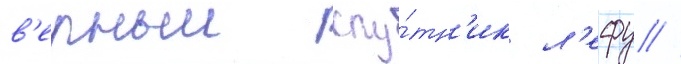
в'ерныи спу́тн'ик л'ефу //